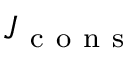
J _ { \mathrm { ~ c ~ o ~ n ~ s ~ } }